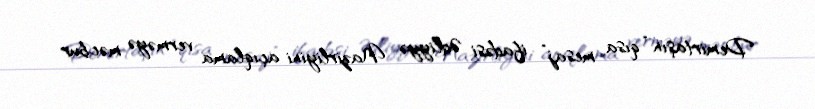
Demirtaşın “qısa mesaj” ifadəsi Ədliyyə Nazirliyini açıqlama verməyə məcbur